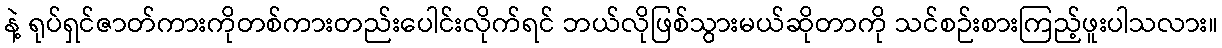
နဲ့ ရုပ်ရှင်ဇာတ်ကားကိုတစ်ကားတည်းပေါင်းလိုက်ရင် ဘယ်လိုဖြစ်သွားမယ်ဆိုတာကို သင်စဉ်းစားကြည့်ဖူးပါသလား။